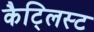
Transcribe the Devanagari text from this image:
कैट्लिस्ट